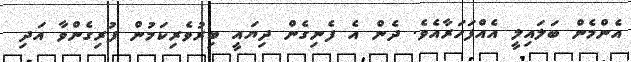
އެންމެން ބަލައިލީ އެއްފަހަރާއެވެ. ދެން އެ ފެނިގެން ދިޔައީ ބިރުވެރިކަމުން ފުރިގެންވާ އަދި